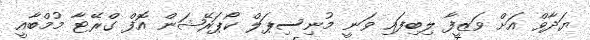
ޔަދާވް އަށް ވަޒީފާ ލިބިފައި ވަނީ މުނިސިޕަލް ކޯޕަރޭޝަން އޮފް ގްރޭޓާ މުމްބާއީ